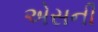
એસની